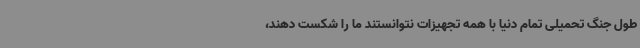
طول جنگ تحمیلی تمام دنیا با همه تجهیزات نتوانستند ما را شکست دهند،